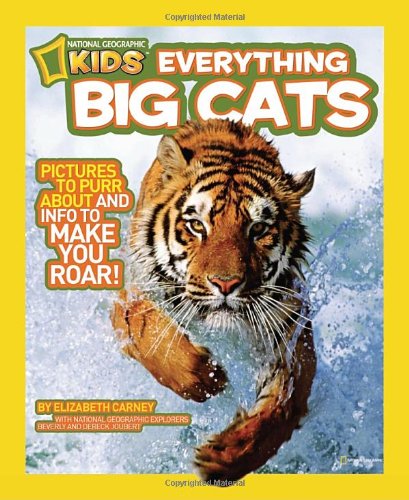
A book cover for National Geographic Kids Everything Big Cats: Pictures to Purr About and Info to Make You Roar!; Elizabeth Carney; Children's Books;